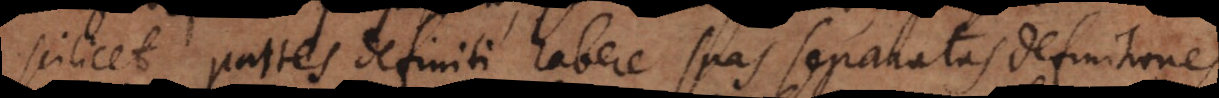
scilicet partes definiti habere suas separatas definitiones